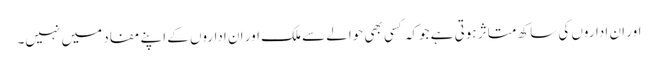
اور ان اداروں کی ساکھ متاثر ہوتی ہے جوکہ کسی بھی حوالے سے ملک اور ان اداروں کے اپنے مفاد میں نہیں۔